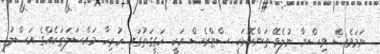
ނަމަވެސް ވިސްނާ ނުލެވޭ ތަންކޮޅަކީ ސްޓްރެސް އަކީ ހަގީގަތުގައި ހުރިހާ މައްސަލަތަކެއްގެ އަސްލު